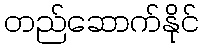
တည်ဆောက်နိုင်